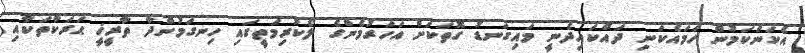
އެކަންކަމުން ހަމައެކަނި ދައްކައިދެނީ މައިގަނޑު ގޮތަކަށް އަހަރުމެންގެ ލޯކުރިމަތީގައި ހިނގަމުންދާ ތާރީޚީ ޙަރަކާތަކާއި